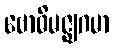
ဗောဓိမဇ္ဈဂမာ